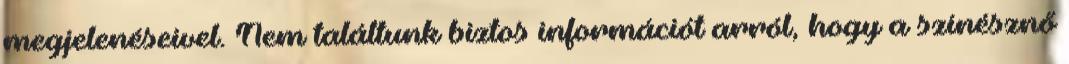
megjelenéseivel. Nem találtunk biztos információt arról, hogy a színésznő